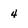
Character: 4